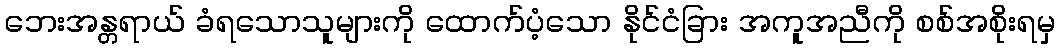
ဘေးအန္တရာယ် ခံရသောသူများကို ထောက်ပံ့သော နိုင်ငံခြား အကူအညီကို စစ်အစိုးရမှ